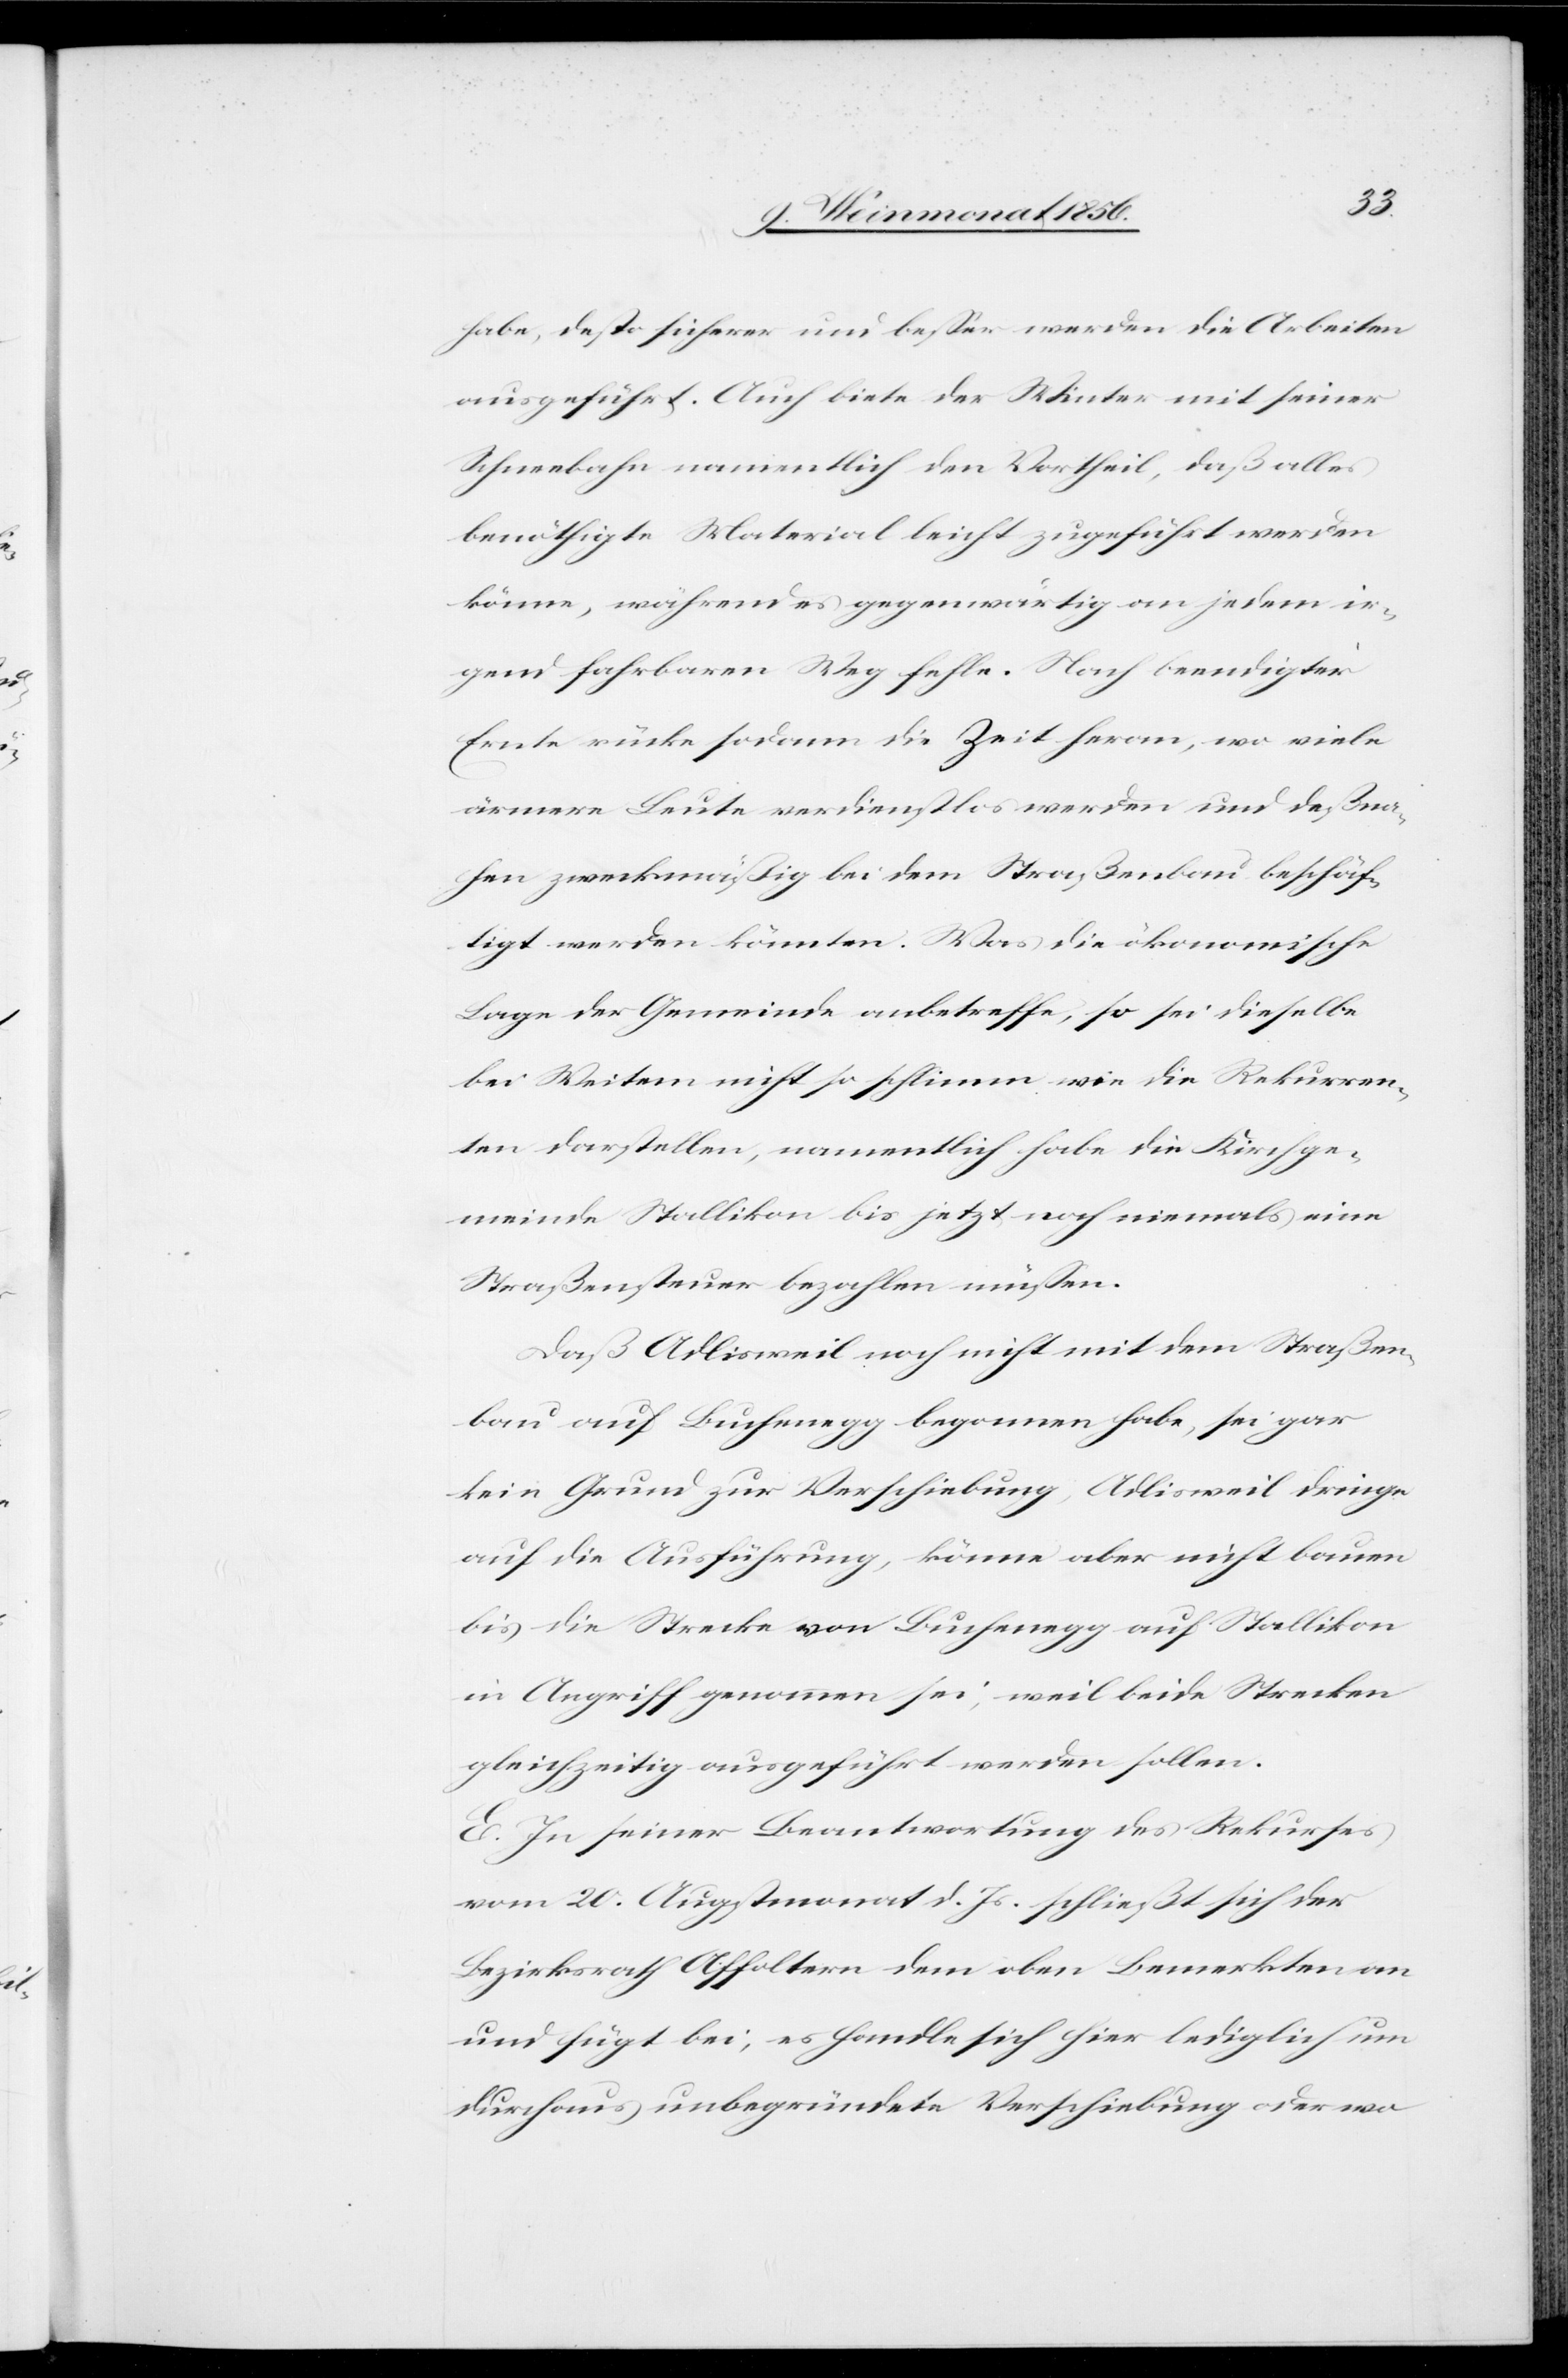
habe, desto sicherer und besser werden die Arbeiten
ausgeführt. Auch biete der Winter mit seiner
Schneebahn namentlich den Vortheil, daß alles
benöthigte Material leicht zugeführt werden
könne, während es gegenwärtig an jedem ir¬
gend fahrbaren Weg fehle. Nach beendigter
Ernte rücke sodann die Zeit heran, wo viele
ärmere Leute verdienstlos werden und deßna¬
hen zweckmäßig bei dem Straßenbau beschäf¬
tigt werden könnten. Was die ökonomische
Lage der Gemeinde anbetreffe, so sei dieselbe
bei Weitem nicht so schlimm wie die Rekurren¬
ten darstellen, namentlich habe die Kirchge¬
meinde Stallikon bis jetzt noch niemals eine
Straßensteuer bezahlen müssen.
Daß Adlisweil noch nicht mit dem Straßen¬
bau auf Buchenegg begonnen habe, sei gar
kein Grund zu Verschiebung, Adlisweil dringe
auf die Ausführung, könne aber nicht bauen
bis die Strecke von Buchenegg auf Stallikon
in Angriff genommen sei, weil beide Strecken
gleichzeitig ausgeführt werden sollen.
E. In seiner Beantwortung des Rekurses
vom 20. Augstmonat d. Js. schließt sich der
Bezirksrath Affoltern dem oben Bemerkten an
und fügt bei, es handle sich hier lediglich um
durchaus unbegründete Verschiebung oder wo